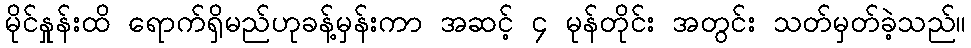
မိုင်နှုန်းထိ ရောက်ရှိမည်ဟုခန့်မှန်းကာ အဆင့် ၄ မုန်တိုင်း အတွင်း သတ်မှတ်ခဲ့သည်။